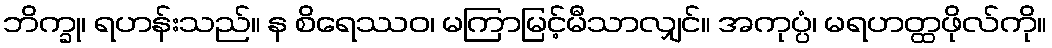
ဘိက္ခု၊ ရဟန်းသည်။ န စိရေဿဝ၊ မကြာမြင့်မီသာလျှင်။ အကုပ္ပံ၊ မရဟတ္ထဖိုလ်ကို။